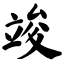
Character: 竣